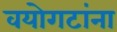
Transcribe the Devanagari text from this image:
वयोगटांना